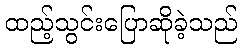
ထည့်သွင်းပြောဆိုခဲ့သည်